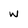
Character: w